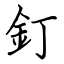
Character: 釘